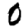
Digit: 0